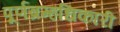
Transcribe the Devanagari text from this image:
पूर्णब्रम्हधिकारी